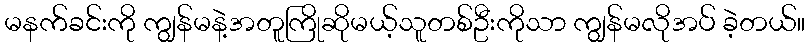
မနက်ခင်းကို ကျွန်မနဲ့အတူကြိုဆိုမယ့်သူတစ်ဦးကိုသာ ကျွန်မလိုအပ် ခဲ့တယ်။